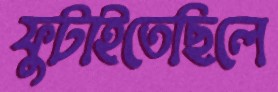
ফুটাইতেছিলে